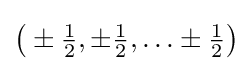
{\bigl (}\pm {\tfrac {1}{2}},\pm {\tfrac {1}{2}},\ldots \pm {\tfrac {1}{2}}{\bigr )}